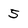
Character: 5